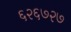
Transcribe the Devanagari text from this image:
६२६७२७